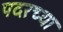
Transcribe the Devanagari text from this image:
पदरच्या